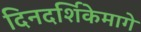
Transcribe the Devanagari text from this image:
दिनदर्शिकेमागे